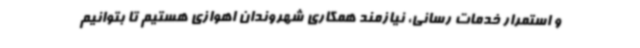
و استمرار خدمات رسانی، نیازمند همکاری شهروندان اهوازی هستیم تا بتوانیم